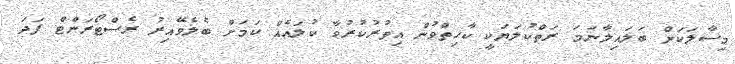
މިސާލަކަށް ބަލައިލާނަމަ ރަތްކުލަޔަކީ ކާހިތްވުން އިތުރުކުރުވާ ކުލައެއް ކަމަށް ބެލެވޭއިރު ރެސްޓޯރަންޓް ފަދަ